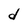
Character: d